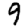
Digit: 9